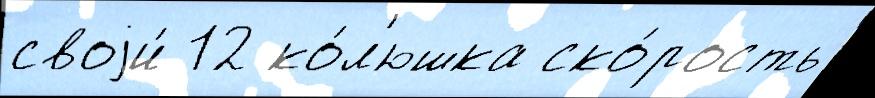
своjи́ 12 ко́л'юшка ско́рость